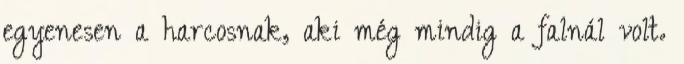
egyenesen a harcosnak, aki még mindig a falnál volt.